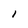
Character: l